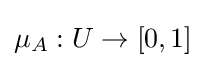
\mu _{A}:U\to [0,1]